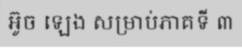
អ៊ូច ឡេង សម្រាប់ភាគទី ៣